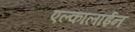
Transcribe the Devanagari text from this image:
एल्कालाईन